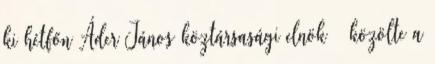
ki hétfőn Áder János köztársasági elnök – közölte a